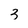
Character: 3